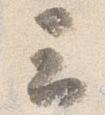
云